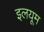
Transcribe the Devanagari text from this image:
इलयूम